Annual administration report of the Civil Veterinary Department of India - 1896-1897
Year: 1896
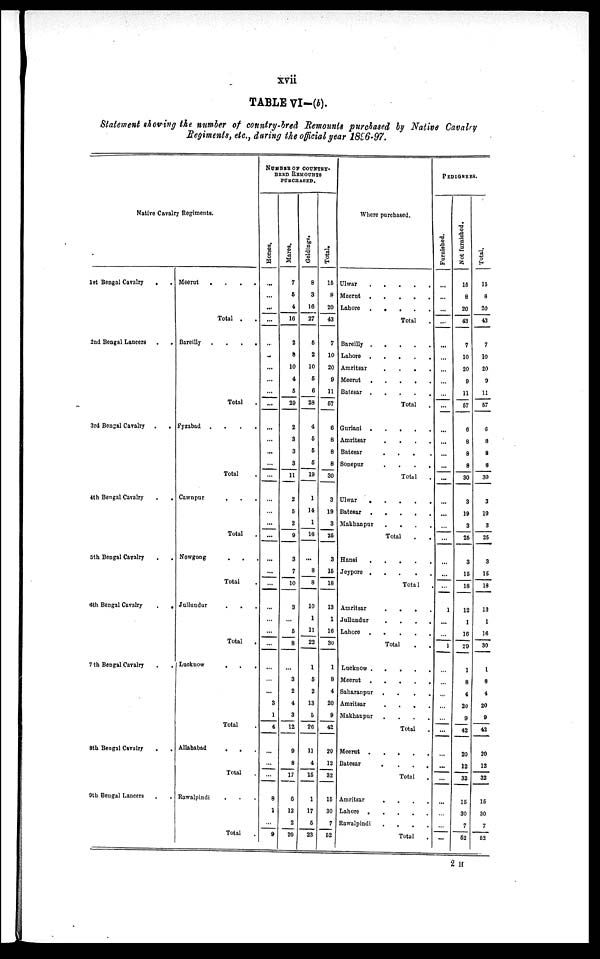
xvii
TABLE VI—(b).
Statement showing the number of country-bred Remounts purchased by Native Cavalry
Regiments, etc., during the official year 1896-97.
Native Cavalry Regiments.
1st Bengal Cavalry . .
2nd Bengal Lancers . .
.
3rd Bengal Cavalry .
.
4th Bengal Cavalry
.
.
5th Bengal Cavalry . .
6th Bengal Cavalry
.
.
7th Bengal Cavalry . .
8th Bengal Cavalry
.
.
9th Bengal Lancers . .
Meerut . . . . .
Total . .
Bareilly
.
.
.
.
Total .
Fyzabad . . . .
Total
Cawnpur . . . .
Total
Nowgong . . .
Total
Jullundur
.
.
.
Total
Lucknow . . .
Total
Allahabad . . .
Total
Rawalpindi . . .
Total
NUMBER OF COUNTY-
BRED REMOUNTS
PURCHASED.
Hor s es .
...
...
...
...
...
..
...
...
...
...
...
...
...
...
...
...
...
...
...
...
...
...
...
...
...
...
...
...
...
3
1
4
...
...
...
8
1
...
9
Mar es .
7
5
4
16
2
8
10
4
5
29
2
3
3
3
11
2
5
2
9
3
7
10
3
...
5
8
...
3
2
4
3
12
9
8
17
6
12
2
20
Geldings.
8
3
16
27
5
2
10
6
6
28
4
5
5
5
19
1
14
1
16
...
8
8
10
1
11
22
1
5
2
13
5
26
11
4
15
1
17
5
23
Total.
15
8
20
43
7
10
20
9
11
57
6
8
8
8
30
3
19
3
25
3
15
18
13
1
16
30
1
8
4
20
9
42
20
12
32
15
30
7
62
Where purchased.
Ulwar . . . . .
Meerut . . . . . .
Lahore .
.
.
.
.
Total .
Bareilly . . . . .
Lahore
.
.
.
.
Amritsar
.
.
.
.
Meerut
. . . . .
Batesar . . . . .
Total .
Guriani . . . . .
Amritsar
.
.
.
.
.
Batesar . . . . .
Sonepur
.
.
.
.
.
Total
Ulwar . . . . .
Batesar . . . . . .
Makhanpur . . . .
Total . .
Hansi
.
.
.
.
Jeypore . .
.
.
.
Total
Amritsar . . . .
Jullundur
.
.
.
.
Lahore
.
.
.
.
.
Total
Lucknow . . . . .
Meerut .
.
.
.
.
Saharanpur . . . .
Amritsar
.
.
.
.
Makhanpur
.
.
.
.
Total
Meerut . . . .
Batesar
.
.
.
.
.
Total .
Amritsar
. . . . .
Lahore . . . .
Rawalpindi
.
.
.
.
Total .
PEDIGREES.
Furnished.
...
...
...
...
...
...
...
...
...
...
...
...
...
...
...
...
...
...
...
...
...
...
1
...
...
1
...
...
...
...
...
...
...
...
...
...
...
...
...
Not furnished.
15
8
20
43
7
10
20
9
11
57
6
8
8
8
30
3
19
3
25
3
15
18
12
1
16
29
1
8
4
20
9
42
20
12
32
15
30
7
52
Total.
15
8
20
43
7
10
20
9
11
57
6
8
8
8
30
3
19
3
25
3
15
18
13
1
16
30
1
8
4
20
9
42
20
12
32
15
30
7
52
2 H